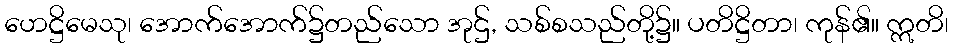
ဟေဋ္ဌိမေသု၊ အောက်အောက်၌တည်သော အုဌ်, သစ်စသည်တို့၌။ ပတိဋ္ဌိတာ၊ ကုန်၏။ ဣတိ၊